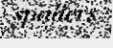
spallers